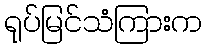
ရုပ်မြင်သံကြားက